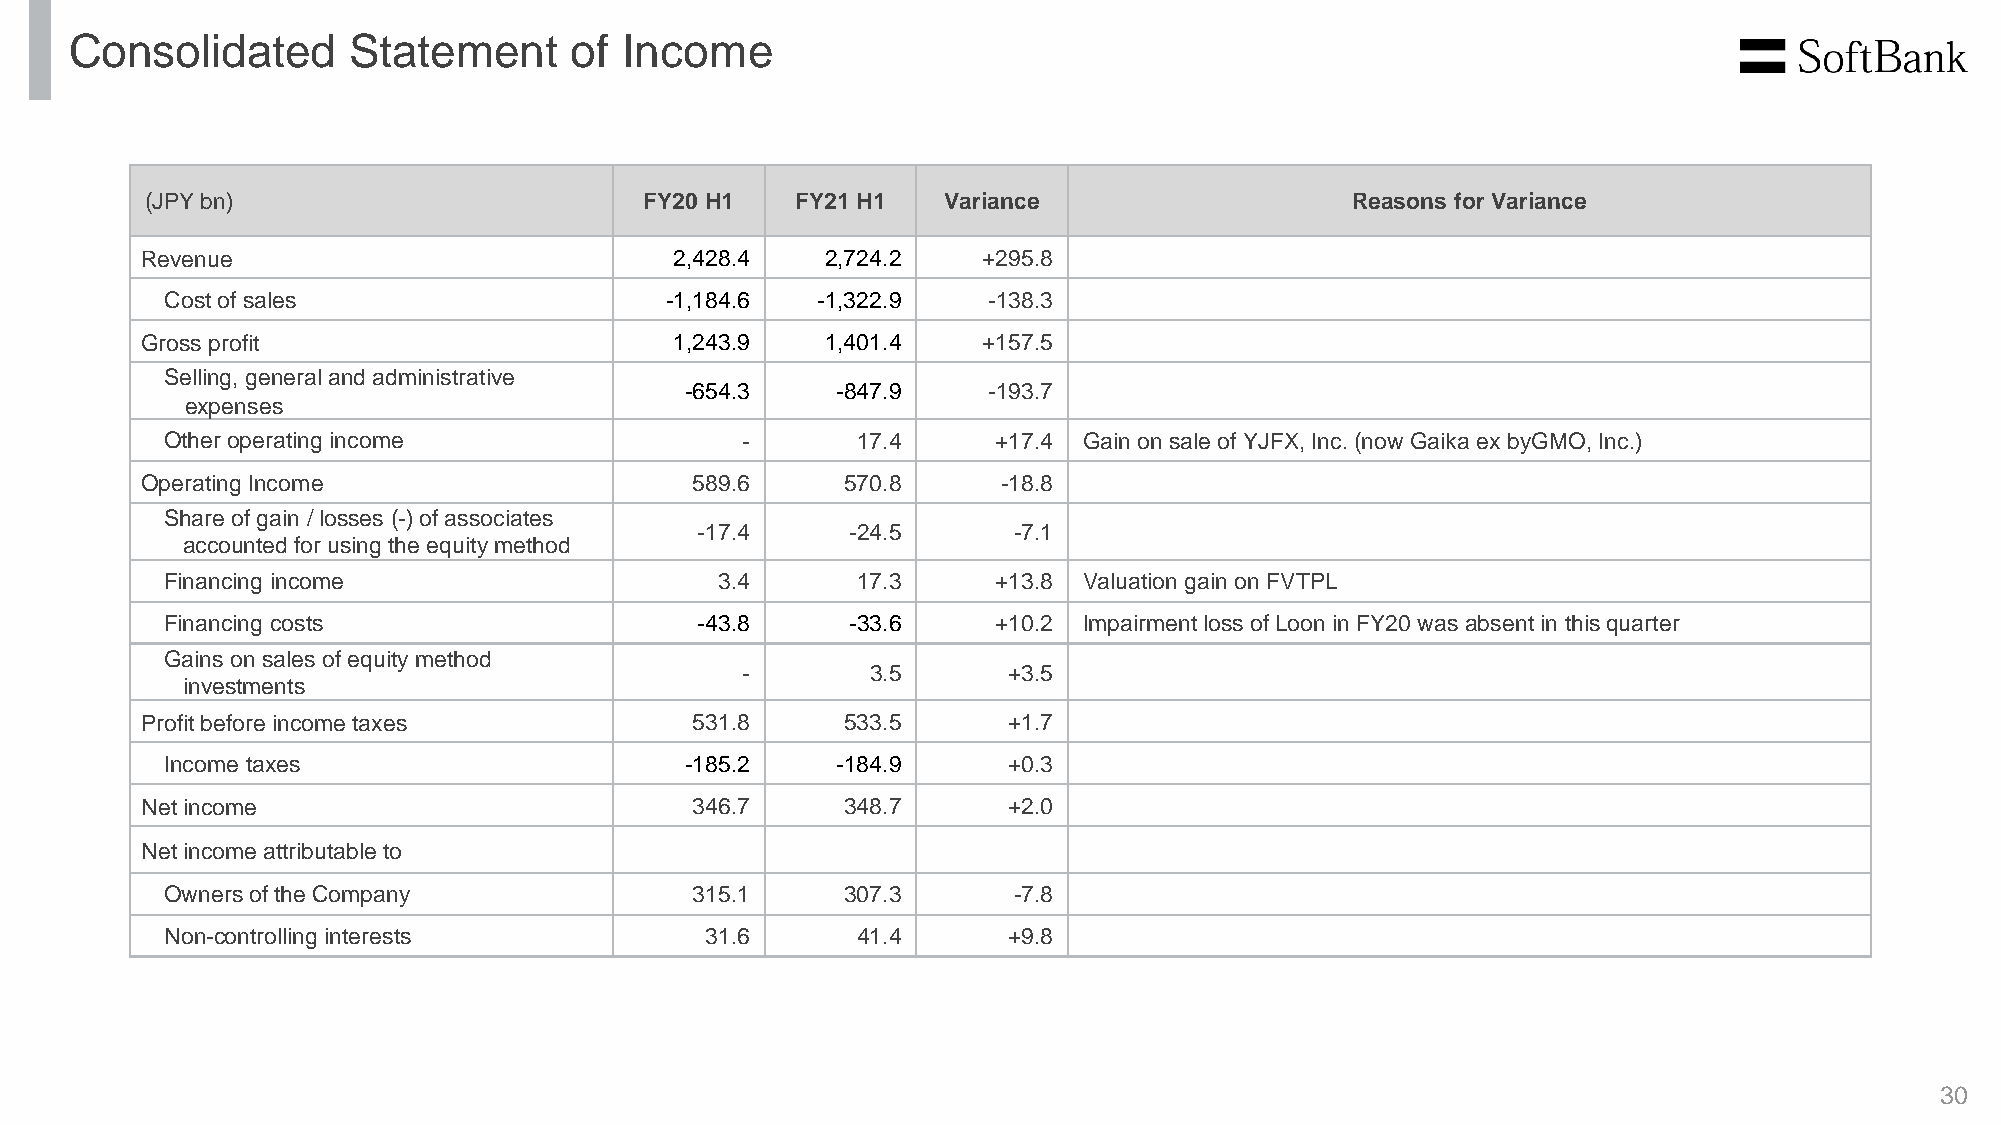
Consolidated      Statement      of Income
 (JPY bn)                         FY20 H1   FY21 H1  Variance                   Reasons for Variance
 Revenue                             2,428.4   2,724.2   +295.8
 Cost of sales                    -1,184.6  -1,322.9   -138.3
 Gross profit                        1,243.9   1,401.4   +157.5
 Selling, general and administrative
 -654.3    -847.9    -193.7
 expenses
 Other operating income                -       17.4     +17.4 Gain on sale of YJFX, Inc. (now Gaika ex byGMO, Inc.)
 Operating Income                     589.6     570.8     -18.8
 Share of gain / losses (-) of associates
 -17.4     -24.5      -7.1
 accounted for using the equity method
 Financing income                     3.4      17.3     +13.8 Valuation gain on FVTPL
 Financing costs                    -43.8     -33.6     +10.2 Impairment loss of Loon in FY20 was absent in this quarter
 Gains on sales of equity method
 -        3.5      +3.5
 investments
 Profit before income taxes           531.8     533.5      +1.7
 Income taxes                      -185.2    -184.9      +0.3
 Net income                           346.7     348.7      +2.0
 Net income attributable to
 Owners of the Company              315.1     307.3      -7.8
 Non-controlling interests           31.6      41.4      +9.8
 30